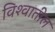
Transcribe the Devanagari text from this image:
विश्‍वातील